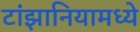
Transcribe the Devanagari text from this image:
टांझानियामध्ये